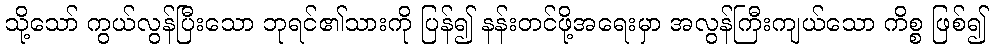
သို့သော် ကွယ်လွန်ပြီးသော ဘုရင်၏သားကို ပြန်၍ နန်းတင်ဖို့အရေးမှာ အလွန်ကြီးကျယ်သော ကိစ္စ ဖြစ်၍